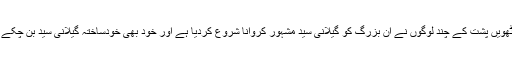
ان بزرگ کی اولاد میں سے ساتویں اور آٹھویں پشت کے چند لوگوں نے ان بزرگ کو گیلانی سید مشہور کروانا شروع کردیا ہے اور خود بھی خودساختہ گیلانی سید بن چکے ہیں جس کا ان کے پاس کوئی ثبوت نہیں۔